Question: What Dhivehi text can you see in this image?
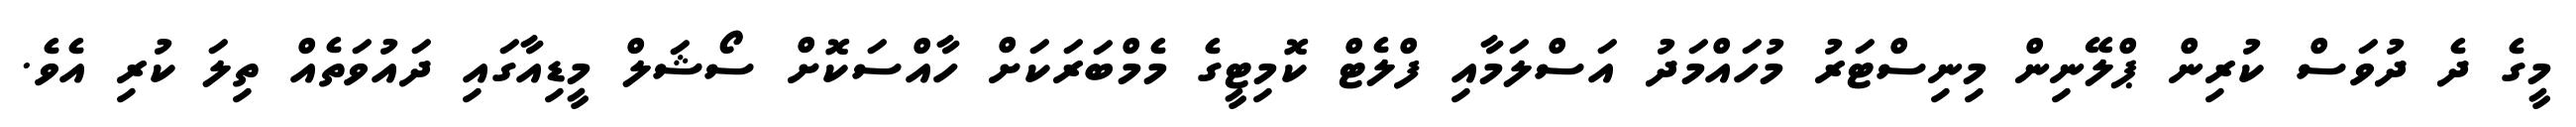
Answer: މީގެ ދެ ދުވަސް ކުރިން ޕްލޭނިން މިނިސްޓަރު މުހައްމަދު އަސްލަމާއި ފްލެޓް ކޮމިޓީގެ މެމްބަރަކަށް ހާއްސަކޮށް ސޯޝަލް މީޑިއާގައި ދައުވަތެއް ތިލަ ކުރި އެވެ.